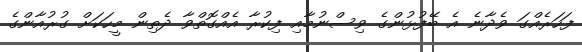
ފަހަރެއްގަ ވެދާނެ އެ ބޭފުޅުންގެ ވިސްނުމާއި ފިކުރާ އެއްގޮތްވާ ދެތިން މީހަކަށް ގުރުއާންގެ